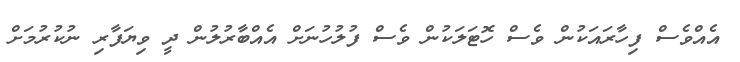
އެއްވެސް ފިހާރައަކުން ވެސް ހޮޓަލަކުން ވެސް ފުލުހުނަށް އެއްބާރުލުން ދީ ވިޔަފާރި ނުކުރުމަށް